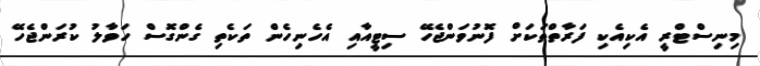
މިނިސްޓްރީ އެކިއެކި ފަރާތްތަކަށް ފޮނުވަންޖެހޭ ސިޓީއާއި އެހެނިހެން ތަކެތި ގެންގޮސް ހަވާލު ކުރަންޖެހޭ